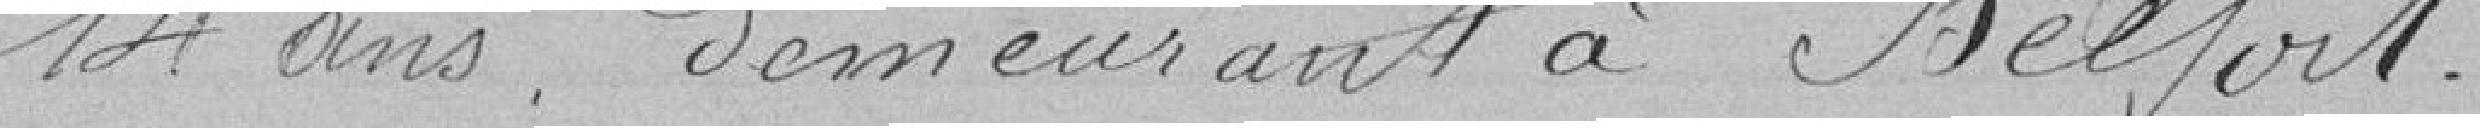
14 ans, demeurant à Belfort.